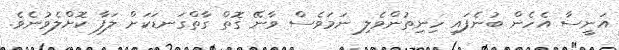
އަނީސާ އެހެން ބުނެފައި ހިނިތުންވެލި ނަމަވެސް ވާނޭ ގޮތް ގާތްގަނޑަކަށް ލަފާ ކޮށްލެވުނެވެ.